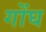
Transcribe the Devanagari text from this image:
गोंघ